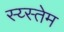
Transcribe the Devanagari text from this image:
स्य्स्तेम